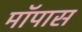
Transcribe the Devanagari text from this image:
मॉपास